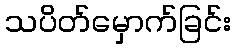
သပိတ်မှောက်ခြင်း